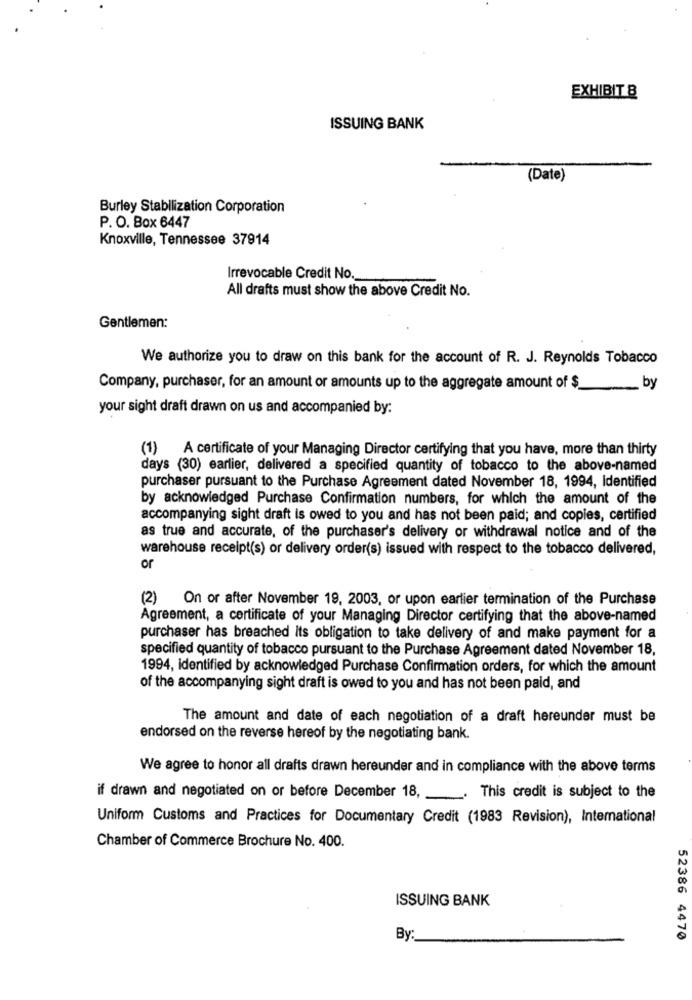
EXHIBIT 8
ISSUING BANK
(Date)
Burley Stabilization Corporation
P. O. Box 6447
Knoxville, Tennessee 37914
Irrevocable Credit No.
All drafts must show the above Credit No.
Gentlemen:
We authorize you to draw on this bank for the account of R. J. Reynolds Tobacco
Company, purchaser, for an amount or amounts up to the aggregate amount of $
by
your sight draft drawn on us and accompanied by:
(1) A certificate of your Managing Director certifying that you have, more than thirty
days (30) earlier, delivered a specified quantity of tobacco to the above-named
purchaser pursuant to the Purchase Agreement dated November 18, 1994, Identified
by acknowledged Purchase Confirmation numbers, for which the amount of the
accompanying sight draft is owed to you and has not been paid; and copies, certified
as true and accurate, of the purchaser's delivery or withdrawal notice and of the
warehouse receipt(s) or delivery order(s) issued with respect to the tobacco delivered,
or
(2) On or after November 19, 2003, or upon earlier termination of the Purchase
Agreement, a certificate of your Managing Director certifying that the above-named
purchaser has breached its obligation to take delivery of and make payment for a
specified quantity of tobacco pursuant to the Purchase Agreement dated November 18,
1994, identified by acknowledged Purchase Confirmation orders, for which the amount
of the accompanying sight draft is owed to you and has not been paid, and
The amount and date of each negotiation of a draft hereunder must be
endorsed on the reverse hereof by the negotiating bank.
We agree to honor all drafts drawn hereunder and in compliance with the above terms
if drawn and negotiated on or before December 18,
. This credit is subject to the
Uniform Customs and Practices for Documentary Credit (1983 Revision), International
Chamber of Commerce Brochure No. 400.
ISSUING BANK
By:
52386 4470